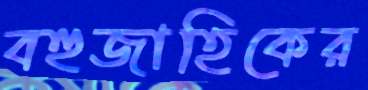
বহুজাহিকের